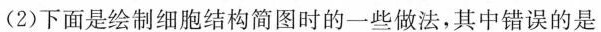
(2)下面是绘制细胞结构简图时的一些做法，其中错误的是